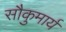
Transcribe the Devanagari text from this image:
सौकुमार्य